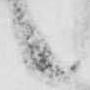
候